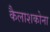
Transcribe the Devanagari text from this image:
कैलाशकोना